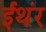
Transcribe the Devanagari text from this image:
ईथंर